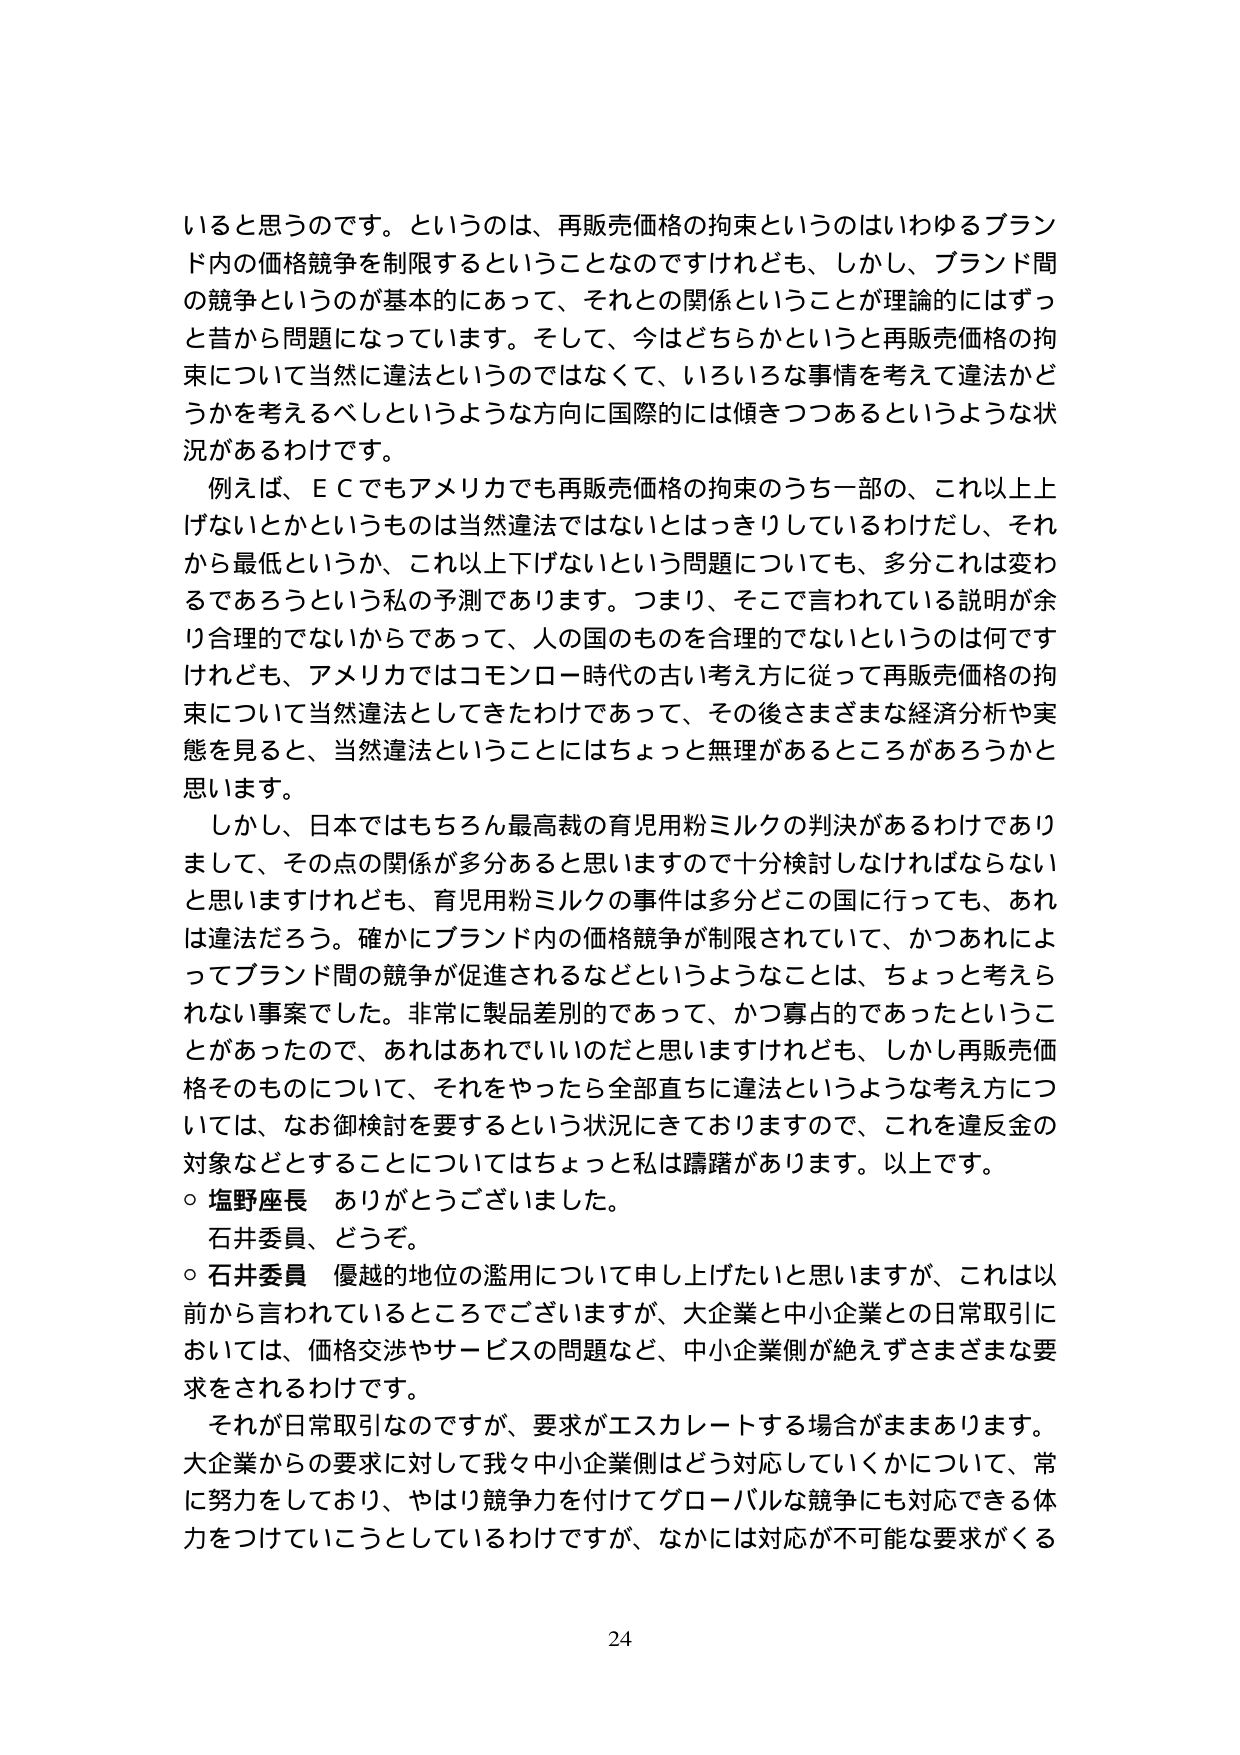
いると思うのです。というのは、再販売価格の拘束というのはいわゆるブランド内の価格競争を制限するということなんですけれども、しかし、ブランド間の競争というのが基本的にあって、それとの関係ということが理論的にはずっと昔から問題になっています。そして、今はどちらかというと再販売価格の拘束について当然に違法というのではなくて、いろいろな事情を考えて違法かどうかを考えるべしというような方向に国際的には傾きつつあるというような状況があるわけです。

例えば、ＥＣでもアメリカでも再販売価格の拘束のうち一部の、これ以上上げないとかというものは当然違法ではないとはっきりしているわけだし、それから最低というか、これ以上下げないという問題についても、多分これは変わるであろうという私の予測であります。つまり、そこで言われている説明が余り合理的でないからであって、人の国のものを合理的でないというのは何ですけれども、アメリカではコモンロー時代の古い考え方に従って再販売価格の拘束について当然違法としてきたわけであって、その後さまざまな経済分析や実態を見ると、当然違法ということにはちょっと無理があるところがあるろうかと思います。

しかし、日本ではもちろん最高裁の育児用粉ミルクの判決があるわけでありまして、その点の関係が多分あると思いますので十分検討しなければならないと思いますけれども、育児用粉ミルクの事件は多分どこの国に行っても、あれは違法だろう。確かにブランド内の価格競争が制限されていて、かつあれによってブランド間の競争が促進されるなどというようなことは、ちょっと考えられない事案でした。非常に製品差別的であって、かつ寡占的であったということがあったので、あれはあれでいいのだと思いますけれども、しかし再販売価格そのものについて、それをやったら全部直ちに違法というような考え方については、なお御検討を要するという状況にきておりますので、これを違反金の対象などとすることについてはちょっと私は躊躇があります。以上です。

○ 塩野座長　ありがとうございました。
　石井委員、どうぞ。

○ 石井委員　優越的地位の濫用について申し上げたいと思いますが、これは以前から言われているところでございますが、大企業と中小企業との日常取引においては、価格交渉やサービスの問題など、中小企業側が絶えずさまざまな要求をされるわけです。

それが日常取引なのですが、要求がエスカレートする場合がままあります。大企業からの要求に対して我々中小企業側はどう対応していくかについて、常に努力をしており、やはり競争力を付けてグローバルな競争にも対応できる体力をつけていこうとしているわけですが、なかには対応が不可能な要求がくる

24